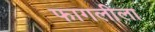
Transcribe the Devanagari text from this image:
फागलीला